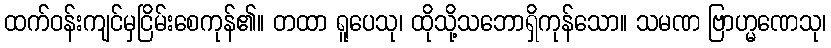
ထက်ဝန်းကျင်မှငြိမ်းစေကုန်၏။ တထာ ရူပေသု၊ ထိုသို့သဘောရှိကုန်သော။ သမဏ ဗြာဟ္မဏေသု၊